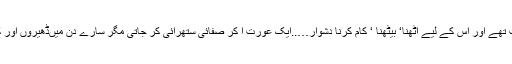
ڈلیوری کے دن قریب تھے اور اس کے لیے اٹھنا‘ بیٹھنا ‘ کام کرنا دشوار…..ایک عورت آ کر صفائی ستھرائی کر جاتی مگر سارے دن میںڈھیروں اور کام نکلتے چلے آتے ۔